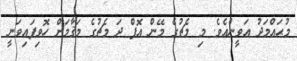
މުޙައްމަދު އަވީންއެވެ. މި މެޗުގެ މޭން އޮފް ދަ މެޗުގެ މަޤާމަށް ހޮވިފައިވަނީ